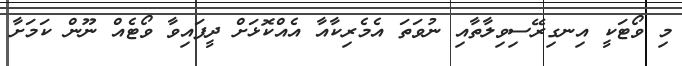
މި ވޯޓަކީ އިނގިރޭސިވިލާތާއި ނުވަތަ އެމެރިކާއާ އެއްކޮޅަށް ދީފައިވާ ވޯޓެއް ނޫން ކަމަށާ